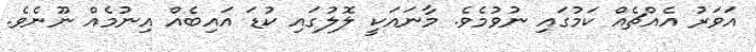
އަވަރު އެއްޗެއް ކަމުގައި ނުވުމެވެ. މާނައަކީ ލޮލުގައި ކުޑަ އައިބެއް އިނުމެއް ނޫނެވެ.